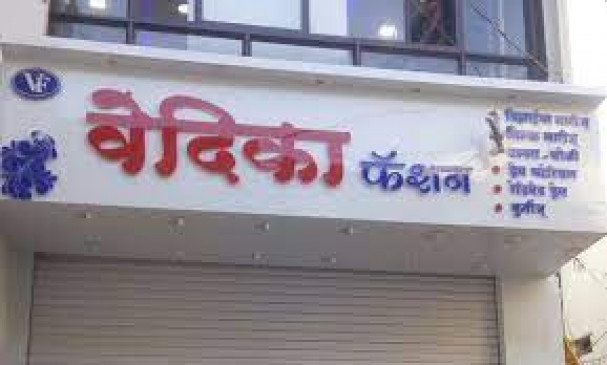
Language: marathi
Transcription: वेदिका फॅशन